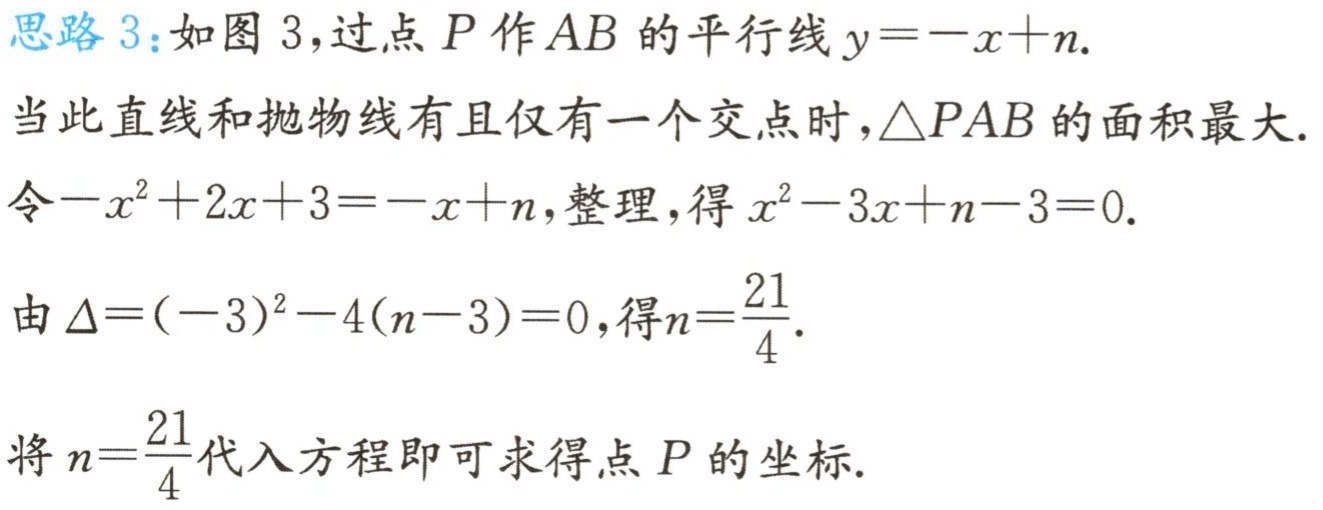
思路 3：如图 3，过点 \(P\) 作 \(AB\) 的平行线 \(y = -x + n\).

当此直线和抛物线有且仅有一个交点时，\(\triangle PAB\) 的面积最大.

令 \(-x^{2}+2x + 3=-x + n\)，整理，得 \(x^{2}-3x + n - 3 = 0\).

由 \(\Delta=(-3)^{2}-4(n - 3)=0\)，得 \(n=\frac{21}{4}\).

将 \(n = \frac{21}{4}\) 代入方程即可求得点 \(P\) 的坐标.